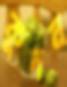
কুদন